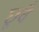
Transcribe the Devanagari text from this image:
छूवै